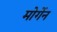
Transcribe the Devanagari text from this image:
मोर्गेन